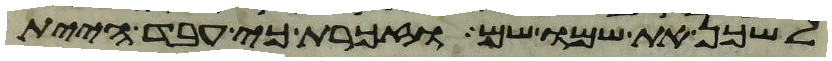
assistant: לשכן את שמו שם וזכרת כי עבד היית